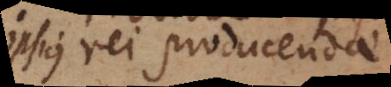
ipsius rei producenda